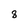
Character: 8